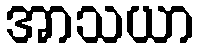
အာသယာ